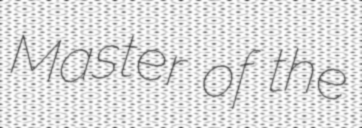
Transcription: Master of the